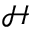
\mathcal { H }